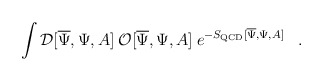
\begin{align*}\int {\cal D}[\overline \Psi, \Psi, A] \> {\cal O}[\overline \Psi, \Psi, A] \>e^{-S_{\rm QCD}[\overline \Psi, \Psi, A]}\;\;\;.\end{align*}